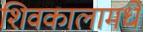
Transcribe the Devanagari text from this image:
शिवकालामधे